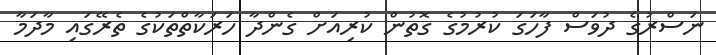
ނަސްރުގެ ދުވަސް ފާހަގަ ކުރުމުގެ ގޮތުން ކުރިއަށް ގެންދާ ހަރަކާތްތަކުގެ ތެރޭގައި މާދަމާ